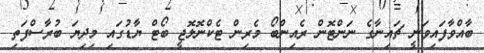
ބާއްވާފައިވަނީ ޗައިނާގެ ނަންޓޮން ރެއިންބޯ މެރިން ޓެކްނޮލޮޖީ ބޯޓް ޔާޑުގައި މިދިޔަ ބުރާސްފަތި